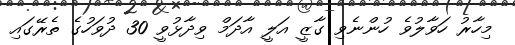
މިހާރު ހަވާލުވެ ހުންނެވި ގާޒީ އަލީ އާދަމް ވިދާޅުވީ 30 ދުވަހުގެ ތެރޭގައި